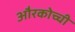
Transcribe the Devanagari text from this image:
औरकोच्ची